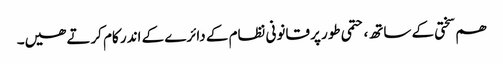
ھم سختی کے ساتھ، حتمی طور پر قانونی نظام کے دائرے کے اندر کام کرتے ھیں۔